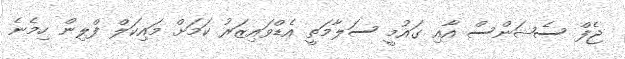
ޖެފް ސެޝަންސް އާއި ގައުމީ ސަލާމަތީ އެޑްވައިޒަރު ކަމަށް މައިކަލް ފްލިން ހިމެނެ